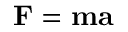
\mathbf { F } = \mathbf { m } \mathbf { a }